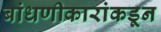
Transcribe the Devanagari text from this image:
बांधणीकारांकडून